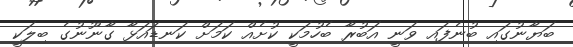
ބަޔާނުގައި ބުނެފައި ވަނީ އަބުރާ ބެހުމަކީ ކުށެއް ކަމަށް ކަނޑައަޅާ ގާނޫނުގެ ބިލަކީ